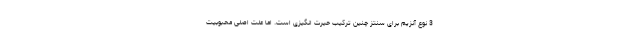
3 نوع آنزیم برای سنتز چنین ترکیب حیرت انگیزی است. اما علت اصلی محبوبیت